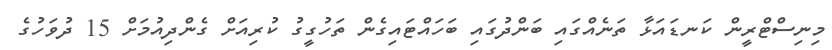
މިނިސްޓްރީން ކަނޑައަޅާ ތަނެއްގައި ބަންދުގައި ބަހައްޓައިގެން ތަހުގީގު ކުރިއަށް ގެންދިއުމަށް 15 ދުވަހުގެ